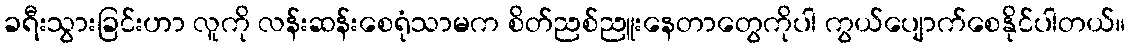
ခရီးသွားခြင်းဟာ လူကို လန်းဆန်းစေရုံသာမက စိတ်ညစ်ညူးနေတာတွေကိုပါ ကွယ်ပျောက်စေနိုင်ပါတယ်။